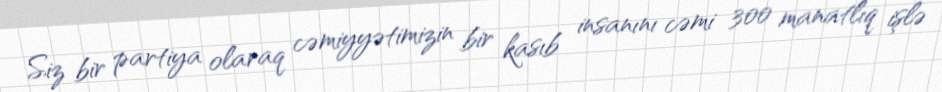
Siz bir partiya olaraq cəmiyyətimizin bir kasıb insanını cəmi 300 manatlıq işlə